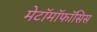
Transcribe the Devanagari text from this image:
मेटॉमॉफॉसिस